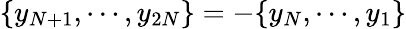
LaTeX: \{ y_{N+1},\cdots,y_{2N}\} =-\{ y_{N},\cdots,y_{1}\}